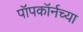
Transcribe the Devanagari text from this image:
पॉपकॉर्नच्या